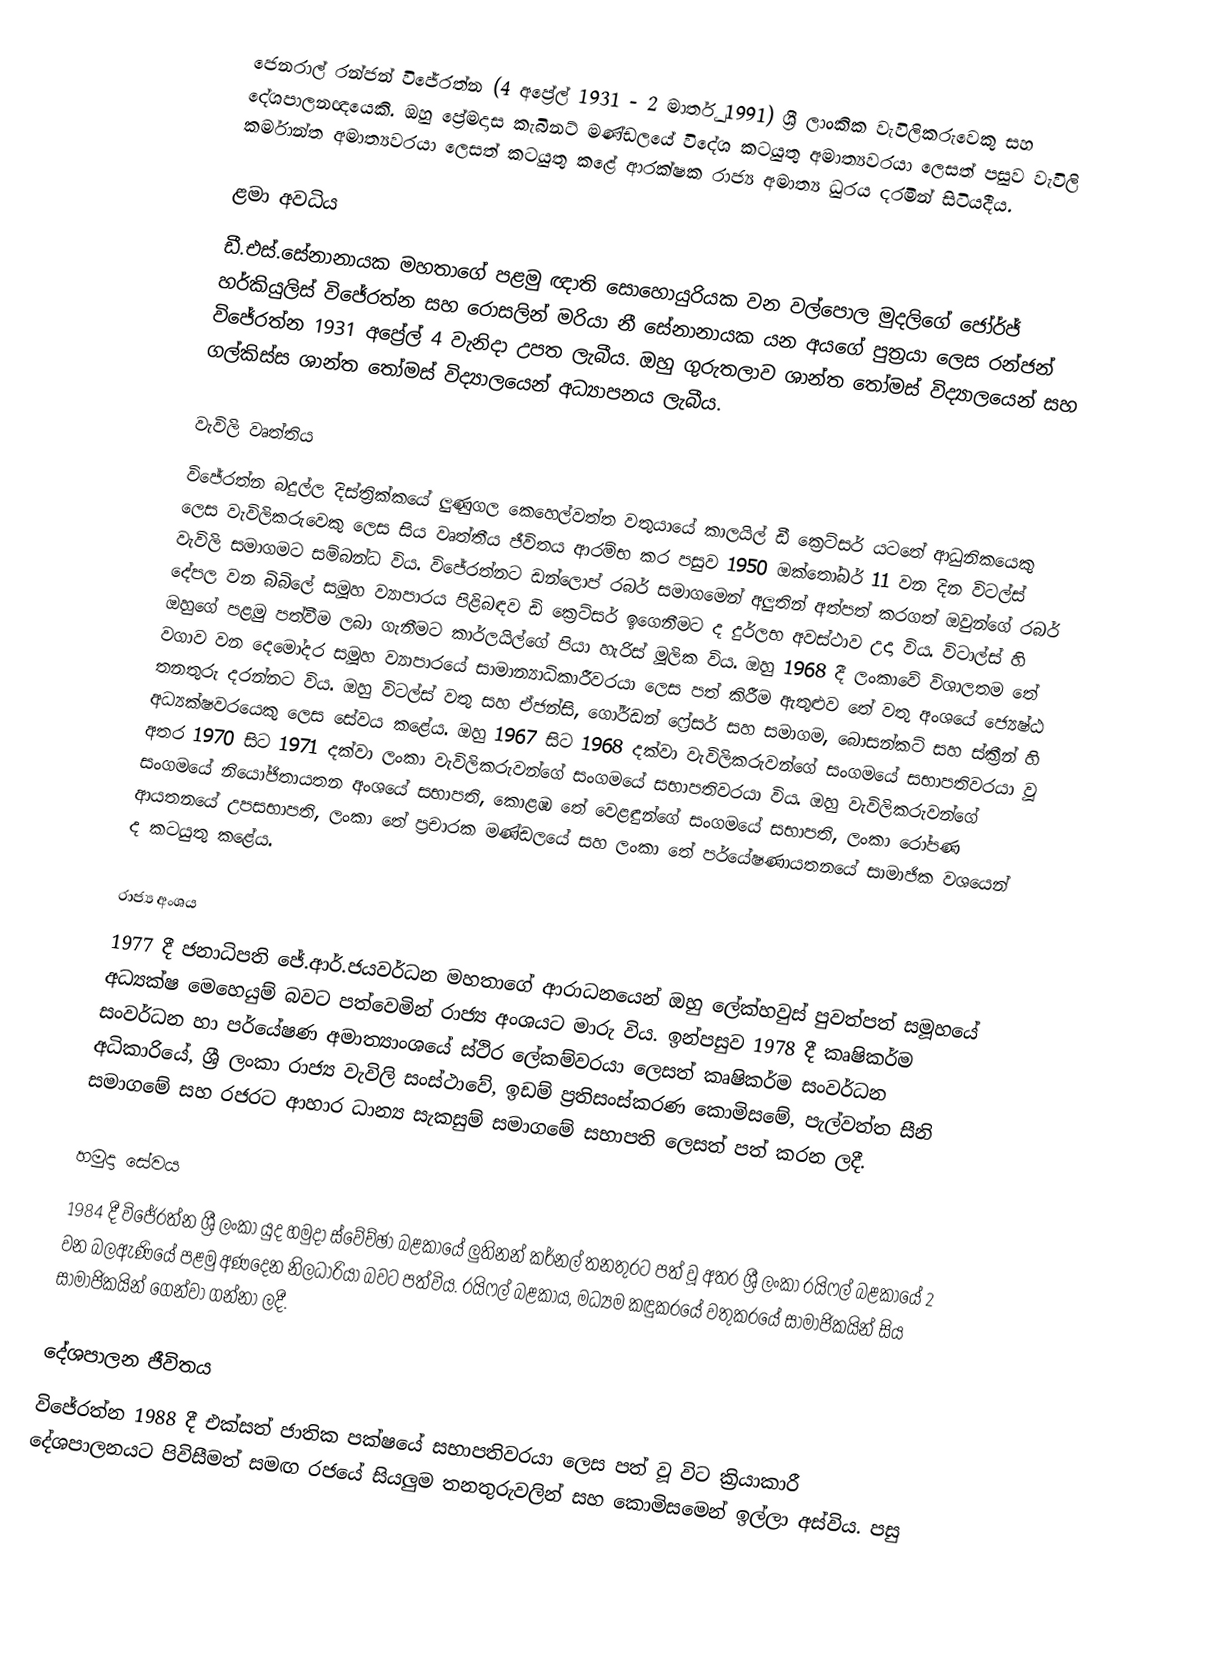
ජෙනරාල් රන්ජන් විජේරත්න (4 අප්‍රේල් 1931 - 2 මාර්තු 1991) ශ්‍රී ලාංකික වැවිලිකරුවෙකු සහ දේශපාලනඥයෙකි. ඔහු ප්‍රේමදාස කැබිනට් මණ්ඩලයේ විදේශ කටයුතු අමාත්‍යවරයා ලෙසත් පසුව වැවිලි කර්මාන්ත අමාත්‍යවරයා ලෙසත් කටයුතු කළේ ආරක්ෂක රාජ්‍ය අමාත්‍ය ධුරය දරමින් සිටියදීය.

ළමා අවධිය
ඩී.එස්.සේනානායක මහතාගේ පළමු ඥාති සොහොයුරියක වන වල්පොල මුදලිගේ ජෝර්ජ් හර්කියුලිස් විජේරත්න සහ රොසලින් මරියා නී සේනානායක යන අයගේ පුත්‍රයා ලෙස රන්ජන් විජේරත්න 1931 අප්‍රේල් 4 වැනිදා උපත ලැබීය. ඔහු ගුරුතලාව ශාන්ත තෝමස් විද්‍යාලයෙන් සහ ගල්කිස්ස ශාන්ත තෝමස් විද්‍යාලයෙන් අධ්‍යාපනය ලැබීය.

වැවිලි වෘත්තිය
විජේරත්න බදුල්ල දිස්ත්‍රික්කයේ ලුණුගල කෙහෙල්වත්ත වතුයායේ කාලයිල් ඩී ක්‍රෙට්සර් යටතේ ආධුනිකයෙකු ලෙස වැවිලිකරුවෙකු ලෙස සිය වෘත්තීය ජීවිතය ආරම්භ කර පසුව 1950 ඔක්තෝබර් 11 වන දින විටල්ස් වැවිලි සමාගමට සම්බන්ධ විය. විජේරත්නට ඩන්ලොප් රබර් සමාගමෙන් අලුතින් අත්පත් කරගත් ඔවුන්ගේ රබර් දේපල වන බිබිලේ සමූහ ව්‍යාපාරය පිළිබඳව ඩි ක්‍රෙට්සර් ඉගෙනීමට ද දුර්ලභ අවස්ථාව උදා විය. විටාල්ස් හි ඔහුගේ පළමු පත්වීම ලබා ගැනීමට කාර්ලයිල්ගේ පියා හැරිස් මූලික විය. ඔහු 1968 දී ලංකාවේ විශාලතම තේ වගාව වන දෙමෝදර සමූහ ව්‍යාපාරයේ සාමාන්‍යාධිකාරීවරයා ලෙස පත් කිරීම ඇතුළුව තේ වතු අංශයේ ජ්‍යෙෂ්ඨ තනතුරු දරන්නට විය. ඔහු විටල්ස් වතු සහ ඒජන්සි, ගෝර්ඩන් ෆ්‍රේසර් සහ සමාගම, බොසන්කට් සහ ස්ක්‍රීන් හි අධ්‍යක්ෂවරයෙකු ලෙස සේවය කළේය. ඔහු 1967 සිට 1968 දක්වා වැවිලිකරුවන්ගේ සංගමයේ සභාපතිවරයා වූ අතර 1970 සිට 1971 දක්වා ලංකා වැවිලිකරුවන්ගේ සංගමයේ සභාපතිවරයා විය. ඔහු වැවිලිකරුවන්ගේ සංගමයේ නියෝජිතායතන අංශයේ සභාපති, කොළඹ තේ වෙළඳුන්ගේ සංගමයේ සභාපති, ලංකා රෝපණ ආයතනයේ උපසභාපති, ලංකා තේ ප්‍රචාරක මණ්ඩලයේ සහ ලංකා තේ පර්යේෂණායතනයේ සාමාජික වශයෙන් ද කටයුතු කළේය.

රාජ්‍ය අංශය
1977 දී ජනාධිපති ජේ.ආර්.ජයවර්ධන මහතාගේ ආරාධනයෙන් ඔහු ලේක්හවුස් පුවත්පත් සමූහයේ අධ්‍යක්ෂ මෙහෙයුම් බවට පත්වෙමින් රාජ්‍ය අංශයට මාරු විය. ඉන්පසුව 1978 දී කෘෂිකර්ම සංවර්ධන හා පර්යේෂණ අමාත්‍යාංශයේ ස්ථිර ලේකම්වරයා ලෙසත් කෘෂිකර්ම සංවර්ධන අධිකාරියේ, ශ්‍රී ලංකා රාජ්‍ය වැවිලි සංස්ථාවේ, ඉඩම් ප්‍රතිසංස්කරණ කොමිසමේ, පැල්වත්ත සීනි සමාගමේ සහ රජරට ආහාර ධාන්‍ය සැකසුම් සමාගමේ සභාපති ලෙසත් පත් කරන ලදී.

හමුදා සේවය
1984 දී විජේරත්න ශ්‍රී ලංකා යුද හමුදා ස්වේච්ඡා බළකායේ ලුතිනන් කර්නල් තනතුරට පත් වූ අතර ශ්‍රී ලංකා රයිෆල් බළකායේ 2 වන බලඇණියේ පළමු අණදෙන නිලධාරියා බවට පත්විය. රයිෆල් බළකාය, මධ්‍යම කඳුකරයේ වතුකරයේ සාමාජිකයින් සිය සාමාජිකයින් ගෙන්වා ගන්නා ලදී.

දේශපාලන ජීවිතය
විජේරත්න 1988 දී එක්සත් ජාතික පක්ෂයේ සභාපතිවරයා ලෙස පත් වූ විට ක්‍රියාකාරී දේශපාලනයට පිවිසීමත් සමඟ රජයේ සියලුම තනතුරුවලින් සහ කොමිසමෙන් ඉල්ලා අස්විය. පසු